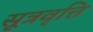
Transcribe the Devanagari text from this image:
सूत्रवृत्ति